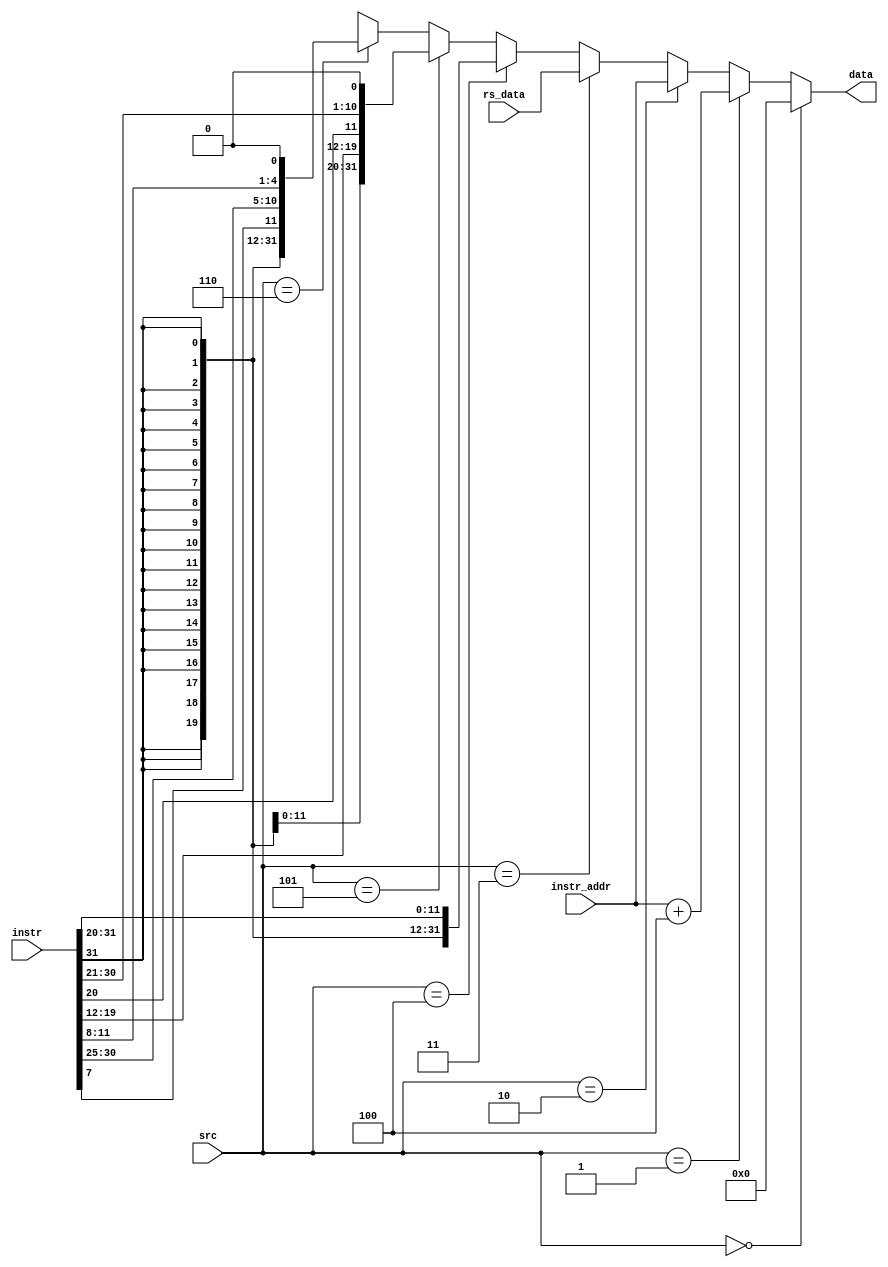
`timescale 1ns/1ps

// # Branch Input Selection Table
// ______________________________________________________________
// |               |                                            |
// | Branch Source | Description                                |
// |---------------|--------------------------------------------|
// |        3'b000 | Zero                                       |
// |        3'b001 | Current instruction address (PC) plus four |
// |        3'b010 | Current instruction address (PC)           |
// |        3'b011 | Register data                              |
// |        3'b100 | Sign-extended 12-bit instruction immediate |
// |        3'b101 | Jump offset (JAL offset, precisely)        |
// |        3'b110 | Branch offset                              |
// |_______________|____________________________________________|
module BranchInputMux(
  input [2:0] src,

  input [31:0] instr_addr,
  input [31:0] instr,
  input [31:0] rs_data,

  output [31:0] data
);

  wire sign = instr[31];

  wire [31:0] imm12 = { {20{ sign }}, instr[31:20]        };

  wire [31:0] branch_offset = { {20{ instr[31] }},     instr[7], instr[30:25],  instr[11:8], 1'b0 };
  wire [31:0] jump_offset   = { {12{ instr[31] }}, instr[19:12],    instr[20], instr[30:21], 1'b0 };

  assign data = 
    src == 3'b000 ? 0 :
    src == 3'b001 ? instr_addr + 4 :
    src == 3'b010 ? instr_addr :
    src == 3'b011 ? rs_data :
    src == 3'b100 ? imm12 :
    src == 3'b101 ? jump_offset :
    src == 3'b110 ? branch_offset :
    32'bX;

endmodule